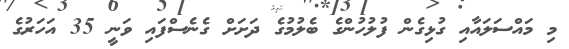
މި މައްސަލައާއި ގުޅިގެން ފުލުހުންގެ ބެލުމުގެ ދަށަށް ގެނެސްފައި ވަނީ 35 އަހަރުގެ